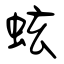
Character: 蚿